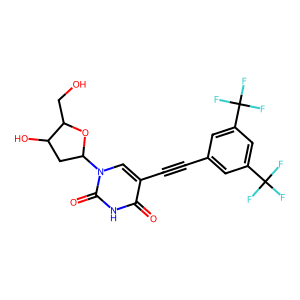
SMILES: O=c1[nH]c(=O)n(C2CC(O)C(CO)O2)cc1C#Cc1cc(C(F)(F)F)cc(C(F)(F)F)c1
Inhibits HIV replication: No